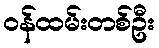
ဝန်ထမ်းတစ်ဦး